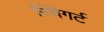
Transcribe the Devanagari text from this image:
स्विगर्ट